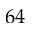
6 4